Indian journal of veterinary science and animal husbandry - Volume 1,
Year: 1931
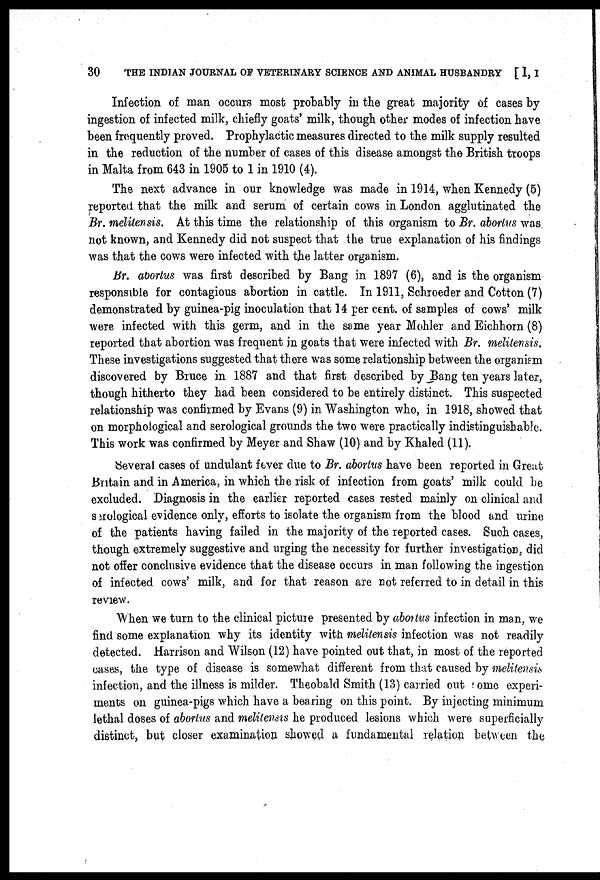
30
THE INDIAN JOURNAL OF VETERINARY SCIENCE AND ANIMAL HUSBANDRY [I, I
Infection of man occurs most probably in the great majority of cases by
ingestion of infected milk, chiefly goats' milk, though other modes of infection have
been frequently proved. Prophylactic measures directed to the milk supply resulted
in the reduction of the number of cases of this disease amongst the British troops
in Malta from 643 in 1905 to 1 in 1910 (4).
The next advance in our knowledge was made in 1914, when Kennedy (5)
reported that the milk and serum of certain cows in London agglutinated the
Br. melitensis. At this time the relationship of this organism to Br. abortus was
not known, and Kennedy did not suspect that the true explanation of his findings
was that the cows were infected with the latter organism.
Br. abortus was first described by Bang in 1897 (6), and is the organism
responsible for contagious abortion in cattle. In 1911, Schroeder and Cotton (7)
demonstrated by guinea-pig inoculation that 14 per cent. of samples of cows' milk
were infected with this germ, and in the same year Mohler and Eichhorn (8)
reported that abortion was frequent in goats that were infected with Br. melitensis.
These investigations suggested that there was some relationship between the organism
discovered by Bruce in 1887 and that first described by Bang ten years later,
though hitherto they had been considered to be entirely distinct. This suspected
relationship was confirmed by Evans (9) in Washington who, in 1918, showed that
on morphological and serological grounds the two were practically indistinguishable.
This work was confirmed by Meyer and Shaw (10) and by Khaled (11).
Several cases of undulant fever due to Br. abortus have been reported in Great
Britain and in America, in which the risk of infection from goats' milk could be
excluded. Diagnosis in the earlier reported cases rested mainly on clinical and
serological evidence only, efforts to isolate the organism from the blood and urine
of the patients having failed in the majority of the reported cases. Such cases,
though extremely suggestive and urging the necessity for further investigation, did
not offer conclusive evidence that the disease occurs in man following the ingestion
of infected cows' milk, and for that reason are not referred to in detail in this
review.
When we turn to the clinical picture presented by abortus infection in man, we
find some explanation why its identity with melitensis infection was not readily
detected. Harrison and Wilson (12) have pointed out that, in most of the reported
cases, the type of disease is somewhat different from that caused by melitensis
infection, and the illness is milder. Theobald Smith (13) carried out some experi-
ments on guinea-pigs which have a bearing on this point. By injecting minimum
lethal doses of abortus and melitensis he produced lesions which were superficially
distinct, but closer examination showed a fundamental relation between the